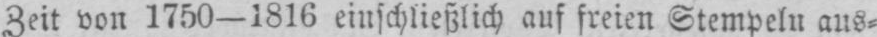
Zeit von 1750-1816 einschließlich auf freien Stempeln aus⸗